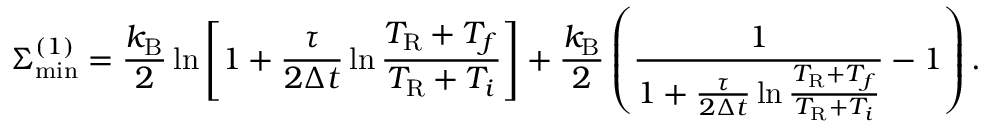
\Sigma _ { \mathrm { m i n } } ^ { ( 1 ) } = \frac { k _ { \mathrm { B } } } { 2 } \ln \left[ 1 + \frac { \tau } { 2 \Delta t } \ln \frac { T _ { \mathrm { R } } + T _ { f } } { T _ { \mathrm { R } } + T _ { i } } \right] + \frac { k _ { \mathrm { B } } } { 2 } \left( \frac { 1 } { 1 + \frac { \tau } { 2 \Delta t } \ln \frac { T _ { \mathrm { R } } + T _ { f } } { T _ { \mathrm { R } } + T _ { i } } } - 1 \right) .